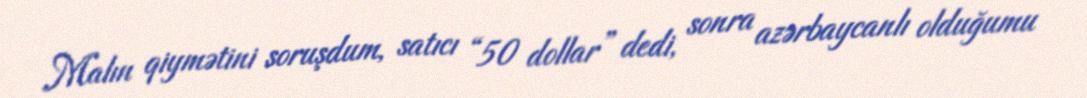
Malın qiymətini soruşdum, satıcı “50 dollar” dedi, sonra azərbaycanlı olduğumu